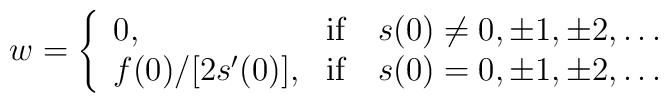
w=\left\{ \begin{array}{ll}0, & {\textrm{if}} \quad s(0)\ne 0,\pm 1,\pm 2,\ldots \\f(0)/[2s'(0)], & {\textrm{if}} \quad s(0)= 0,\pm 1,\pm 2,\ldots \end{array} \right.